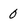
Character: 0